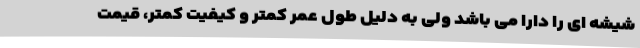
شیشه ای را دارا می باشد ولی به دلیل طول عمر کمتر و کیفیت کمتر، قیمت